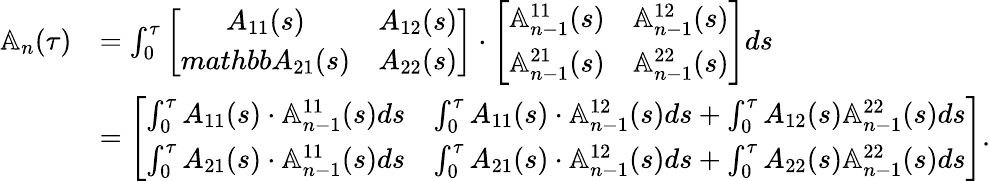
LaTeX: \begin{array}{rl}{\mathbb{A}_{n}(\tau)}&{=\int_{0}^{\tau}\left[\begin{array}{cc}{A_{11}(s)}&{A_{12}(s)}\\ {mathbb{A}_{21}(s)}&{A_{22}(s)}\end{array}\right]\cdot\left[\begin{array}{cc}{\mathbb{A}_{n-1}^{11}(s)}&{\mathbb{A}_{n-1}^{12}(s)}\\ {\mathbb{A}_{n-1}^{21}(s)}&{\mathbb{A}_{n-1}^{22}(s)}\end{array}\right]ds}\\ &{=\left[\begin{array}{cc}{\int_{0}^{\tau}A_{11}(s)\cdot\mathbb{A}_{n-1}^{11}(s)ds}&{\int_{0}^{\tau}A_{11}(s)\cdot\mathbb{A}_{n-1}^{12}(s)ds+\int_{0}^{\tau}A_{12}(s)\mathbb{A}_{n-1}^{22}(s)ds}\\ {\int_{0}^{\tau}A_{21}(s)\cdot\mathbb{A}_{n-1}^{11}(s)ds}&{\int_{0}^{\tau}A_{21}(s)\cdot\mathbb{A}_{n-1}^{12}(s)ds+\int_{0}^{\tau}A_{22}(s)\mathbb{A}_{n-1}^{22}(s)ds}\end{array}\right].}\end{array}